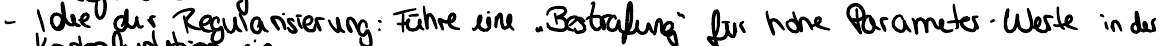
- Idee der Regularisierung: Führe eine "Bestrafung" für hohe Parameter-Werte in der